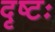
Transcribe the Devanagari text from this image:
दृष्टः